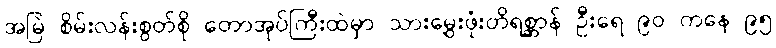
အမြဲ စိမ်းလန်းစွတ်စို တောအုပ်ကြီးထဲမှာ သားမွှေးဖုံးတိရစ္ဆာန် ဦးရေ ၉၀ ကနေ ၉၅